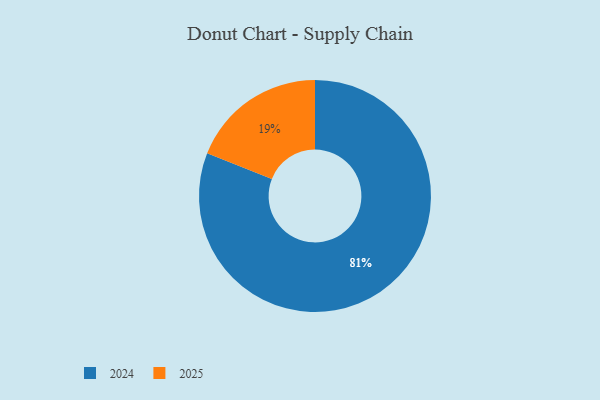
{"axis": {"x": "Category", "y": "Percentage"}, "legend": ["2024", "2025"], "data": [{"x": "2025", "y": 19, "type": "2025"}, {"x": "2024", "y": 81, "type": "2024"}]}